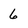
Character: 6